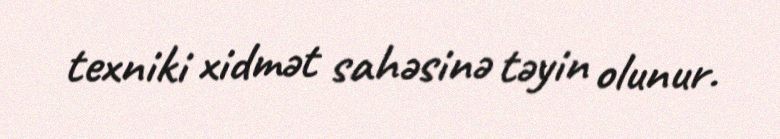
texniki xidmət sahəsinə təyin olunur.